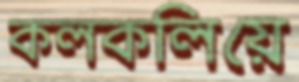
কলকলিয়ে